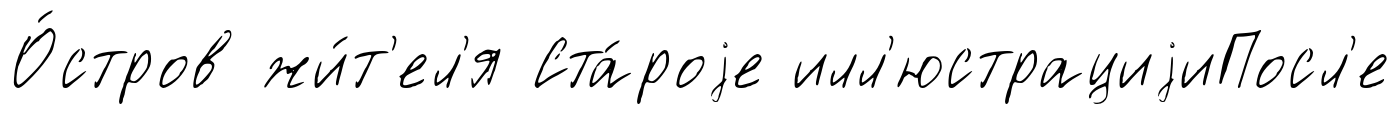
О́стров жи́т'ел'я Ста́роjе илл'юстрациjиПосл'е